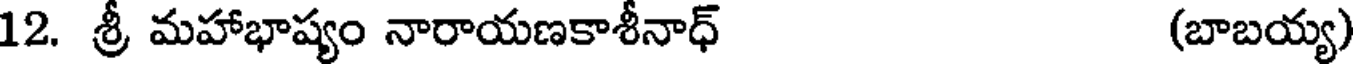
12. శ్రీ మహాభాష్యం నారాయణకాశీనాధ్ (బాబయ్య)